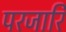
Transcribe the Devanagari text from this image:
परजारि